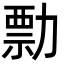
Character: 勡